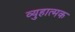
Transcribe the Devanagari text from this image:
व्युहात्मक